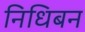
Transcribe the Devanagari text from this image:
निधिबन